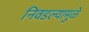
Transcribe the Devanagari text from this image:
निवडल्यामुळे